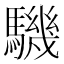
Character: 𩦋